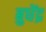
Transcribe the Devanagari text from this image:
बुधेंद्र